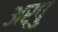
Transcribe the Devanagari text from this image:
अर्पु